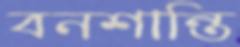
বনশান্তি